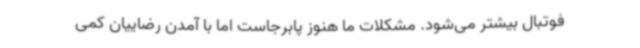
فوتبال بیشتر می‌شود. مشکلات ما هنوز پابرجاست اما با آمدن رضاییان کمی